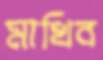
মাখিব